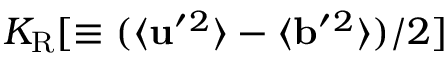
K _ { \mathrm { { R } } } [ \equiv ( \langle { { \bf { u } } ^ { \prime } { } ^ { 2 } } \rangle - \langle { { \bf { b } } ^ { \prime } { } ^ { 2 } } \rangle ) / 2 ]